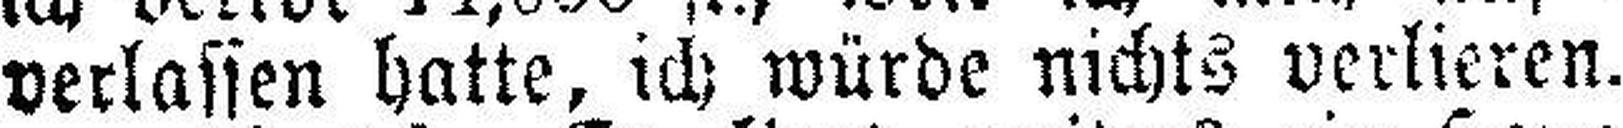
verlassen hatte, ich würde nichts verlieren.